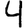
Digit: 4